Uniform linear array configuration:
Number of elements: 24
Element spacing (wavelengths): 0.75
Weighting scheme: binomial
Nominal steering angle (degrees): -15
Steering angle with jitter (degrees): -16.789
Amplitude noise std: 0.05
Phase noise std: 0.05

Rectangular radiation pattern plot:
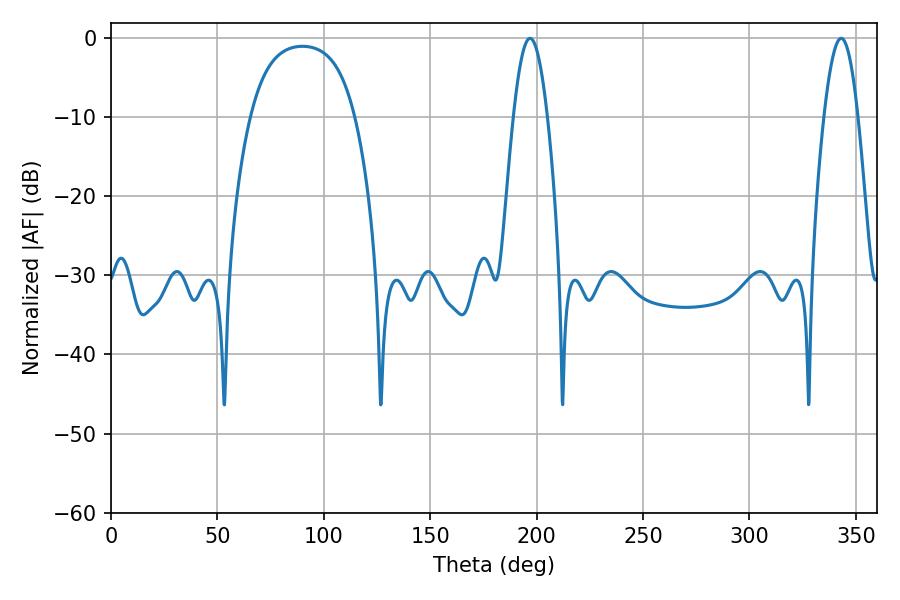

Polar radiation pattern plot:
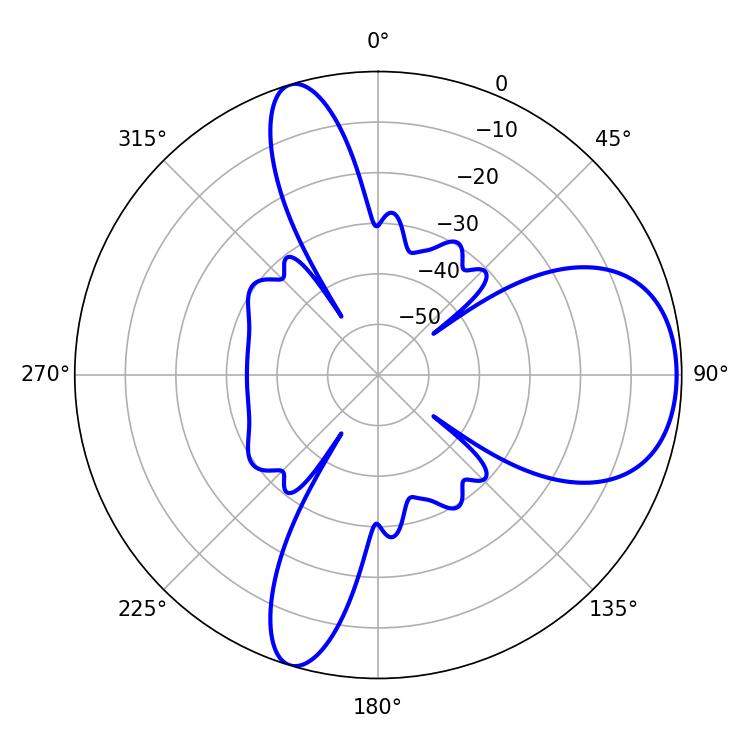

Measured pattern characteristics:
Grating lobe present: TRUE
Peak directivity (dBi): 7.512
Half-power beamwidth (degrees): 8.64
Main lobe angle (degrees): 343.08